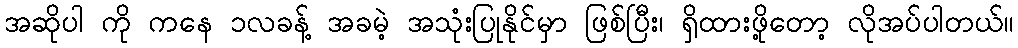
အဆိုပါ ကို ကနေ ၁လခန့် အခမဲ့ အသုံးပြုနိုင်မှာ ဖြစ်ပြီး၊ ရှိထားဖို့တော့ လိုအပ်ပါတယ်။